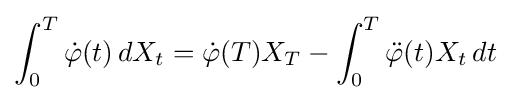
\int _{0}^{T}{\dot {\varphi }}(t)\,dX_{t}={\dot {\varphi }}(T)X_{T}-\int _{0}^{T}{\ddot {\varphi }}(t)X_{t}\,dt